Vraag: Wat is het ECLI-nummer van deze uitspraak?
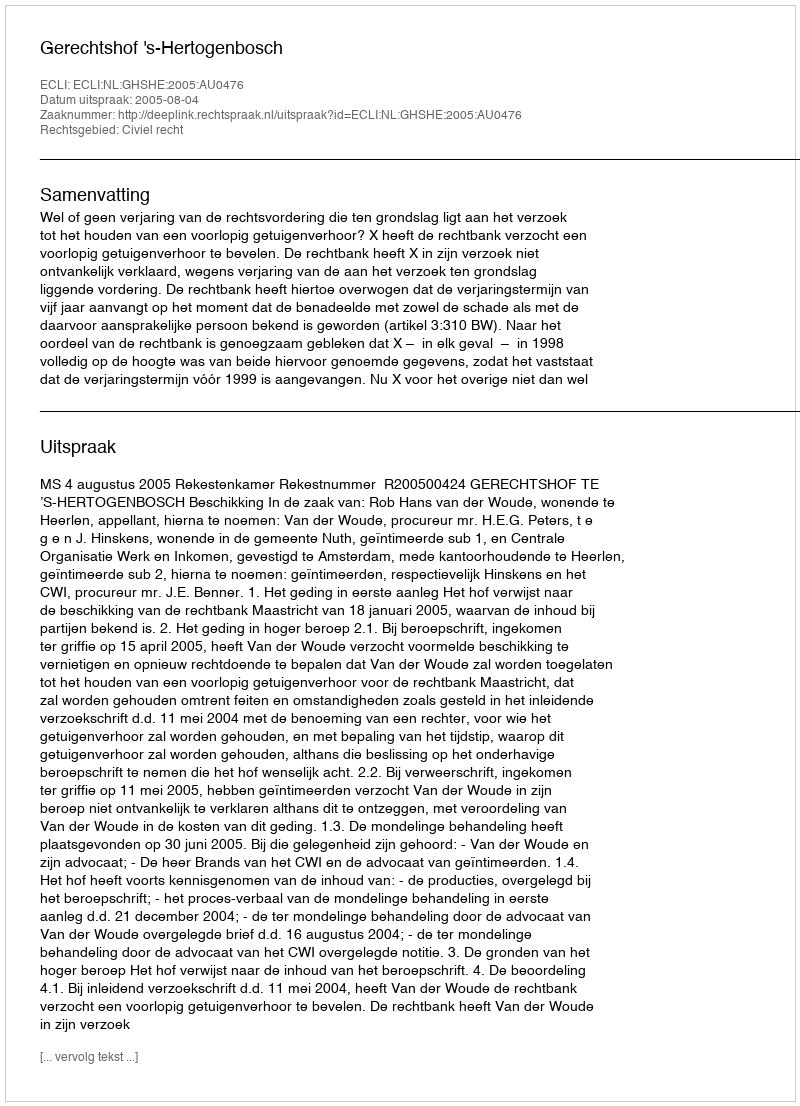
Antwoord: ECLI:NL:GHSHE:2005:AU0476